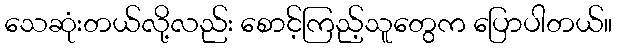
သေဆုံးတယ်လို့လည်း စောင့်ကြည့်သူတွေက ပြောပါတယ်။